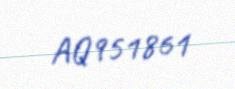
AQ951861